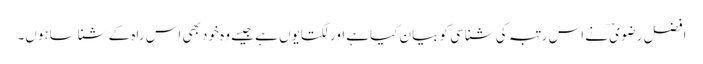
افضل رضوی ؔنے اس رتبہ کی شناسی کو بیان کیاہے اور لگتایوں ہے جیسے وہ خود بھی اس راہ کے شناساہوں۔